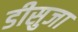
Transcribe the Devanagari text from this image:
डीसुजा